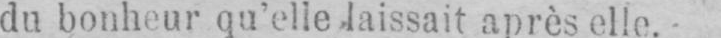
du bonheur qu’elle laissait après elle.